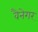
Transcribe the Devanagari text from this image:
वैनेगर